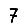
Digit: 7